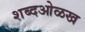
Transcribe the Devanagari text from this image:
शब्दओळख